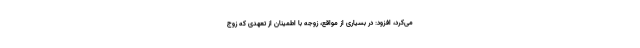
می‌کرد، افزود: در بسیاری از مواقع، زوجه با اطمینان از تعهدی که زوج